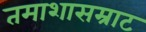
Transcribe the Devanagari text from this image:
तमाशासम्राट